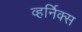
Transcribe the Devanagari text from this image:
व्हर्निक्स